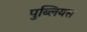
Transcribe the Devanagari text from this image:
पुब्लियस